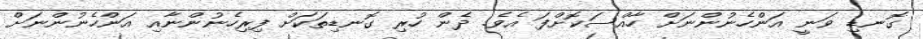
ގޮނޑި ވަނީ އަންހެނުންނަށް ހާއްސަކޮށްފަ އެވެ. ދެން ހުރި ގޮނޑިތަކަށް ފިރިހެނުންނާއި އަންހެނުންނަށް